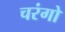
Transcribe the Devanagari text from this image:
चरंगो